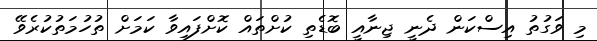
މި ވަގުތު އިސްކަން ދެނީ ޖިނާއީ ބޮޑެތި ކުށްތައް ކޮށްފައިވާ ކަމަށް ތުހުމަތުކުރެވޭ